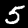
Label: 5